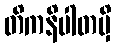
တိကနိပါတမှိ